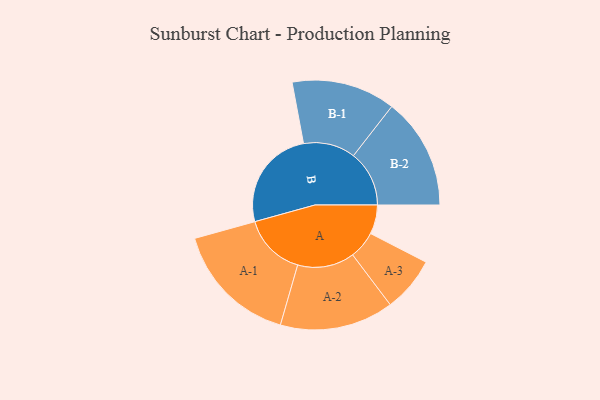
{"axis": {"x": "Segment", "y": "Value"}, "legend": ["", "A", "B"], "data": [{"x": "A", "y": 129, "type": ""}, {"x": "B", "y": 450, "type": ""}, {"x": "A-1", "y": 277, "type": "A"}, {"x": "A-2", "y": 252, "type": "A"}, {"x": "A-3", "y": 122, "type": "A"}, {"x": "B-1", "y": 230, "type": "B"}, {"x": "B-2", "y": 247, "type": "B"}]}